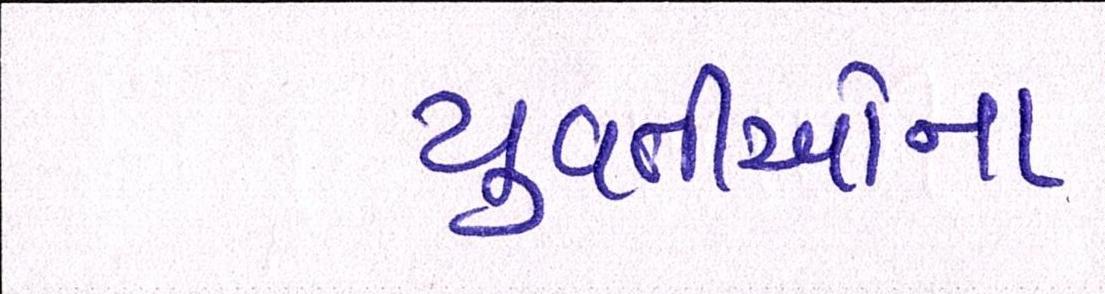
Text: યુવતીઓના